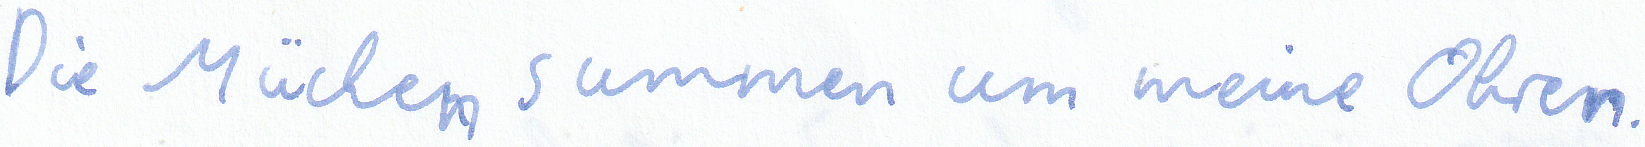
Die Mücken summen um meine Ohren.